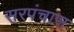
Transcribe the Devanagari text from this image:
सरपंचास